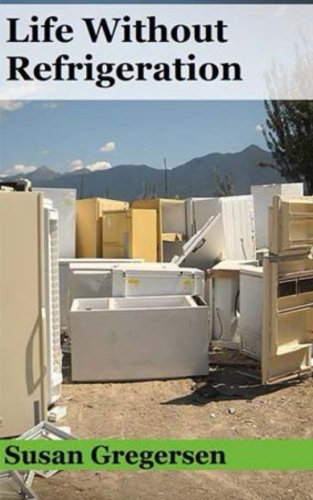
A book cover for Life without Refrigeration; Susan Gregersen; Crafts, Hobbies & Home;